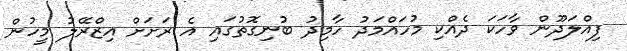
ފިއްލަދޫން ވާހަކަ ދެއްކި މުހައްމަދު ހާމިދު ބުނިގޮތުގައި އެ ރަށަށް އިޒްރޭލު މީހުން